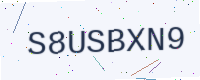
Text: S8USBXN9